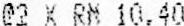
@2 X RM 10.40